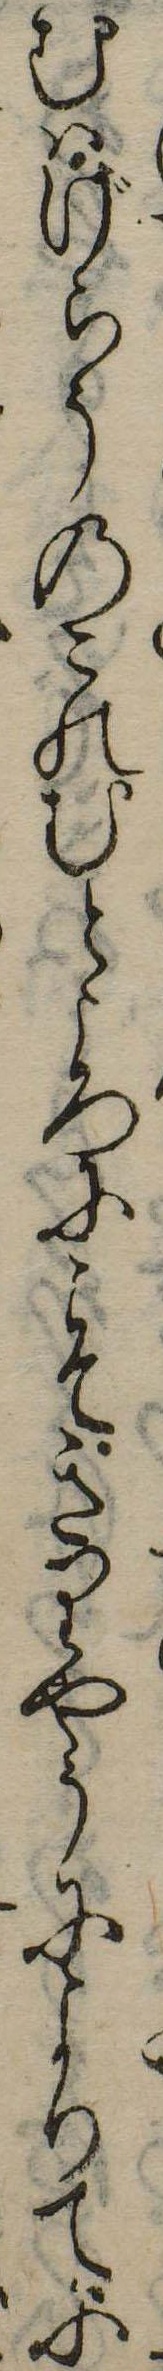
むはげらうのこのむところにこそきりやうによりてに